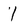
Character: 1